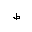
Letter: _da